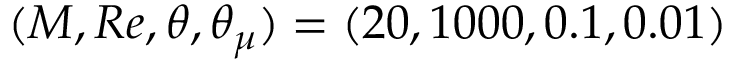
( M , R e , \theta , \theta _ { \mu } ) = ( 2 0 , 1 0 0 0 , 0 . 1 , 0 . 0 1 )